65_HS1-834228961_62-HQ-83894_SUB_A
Agency: FBI
Page 61
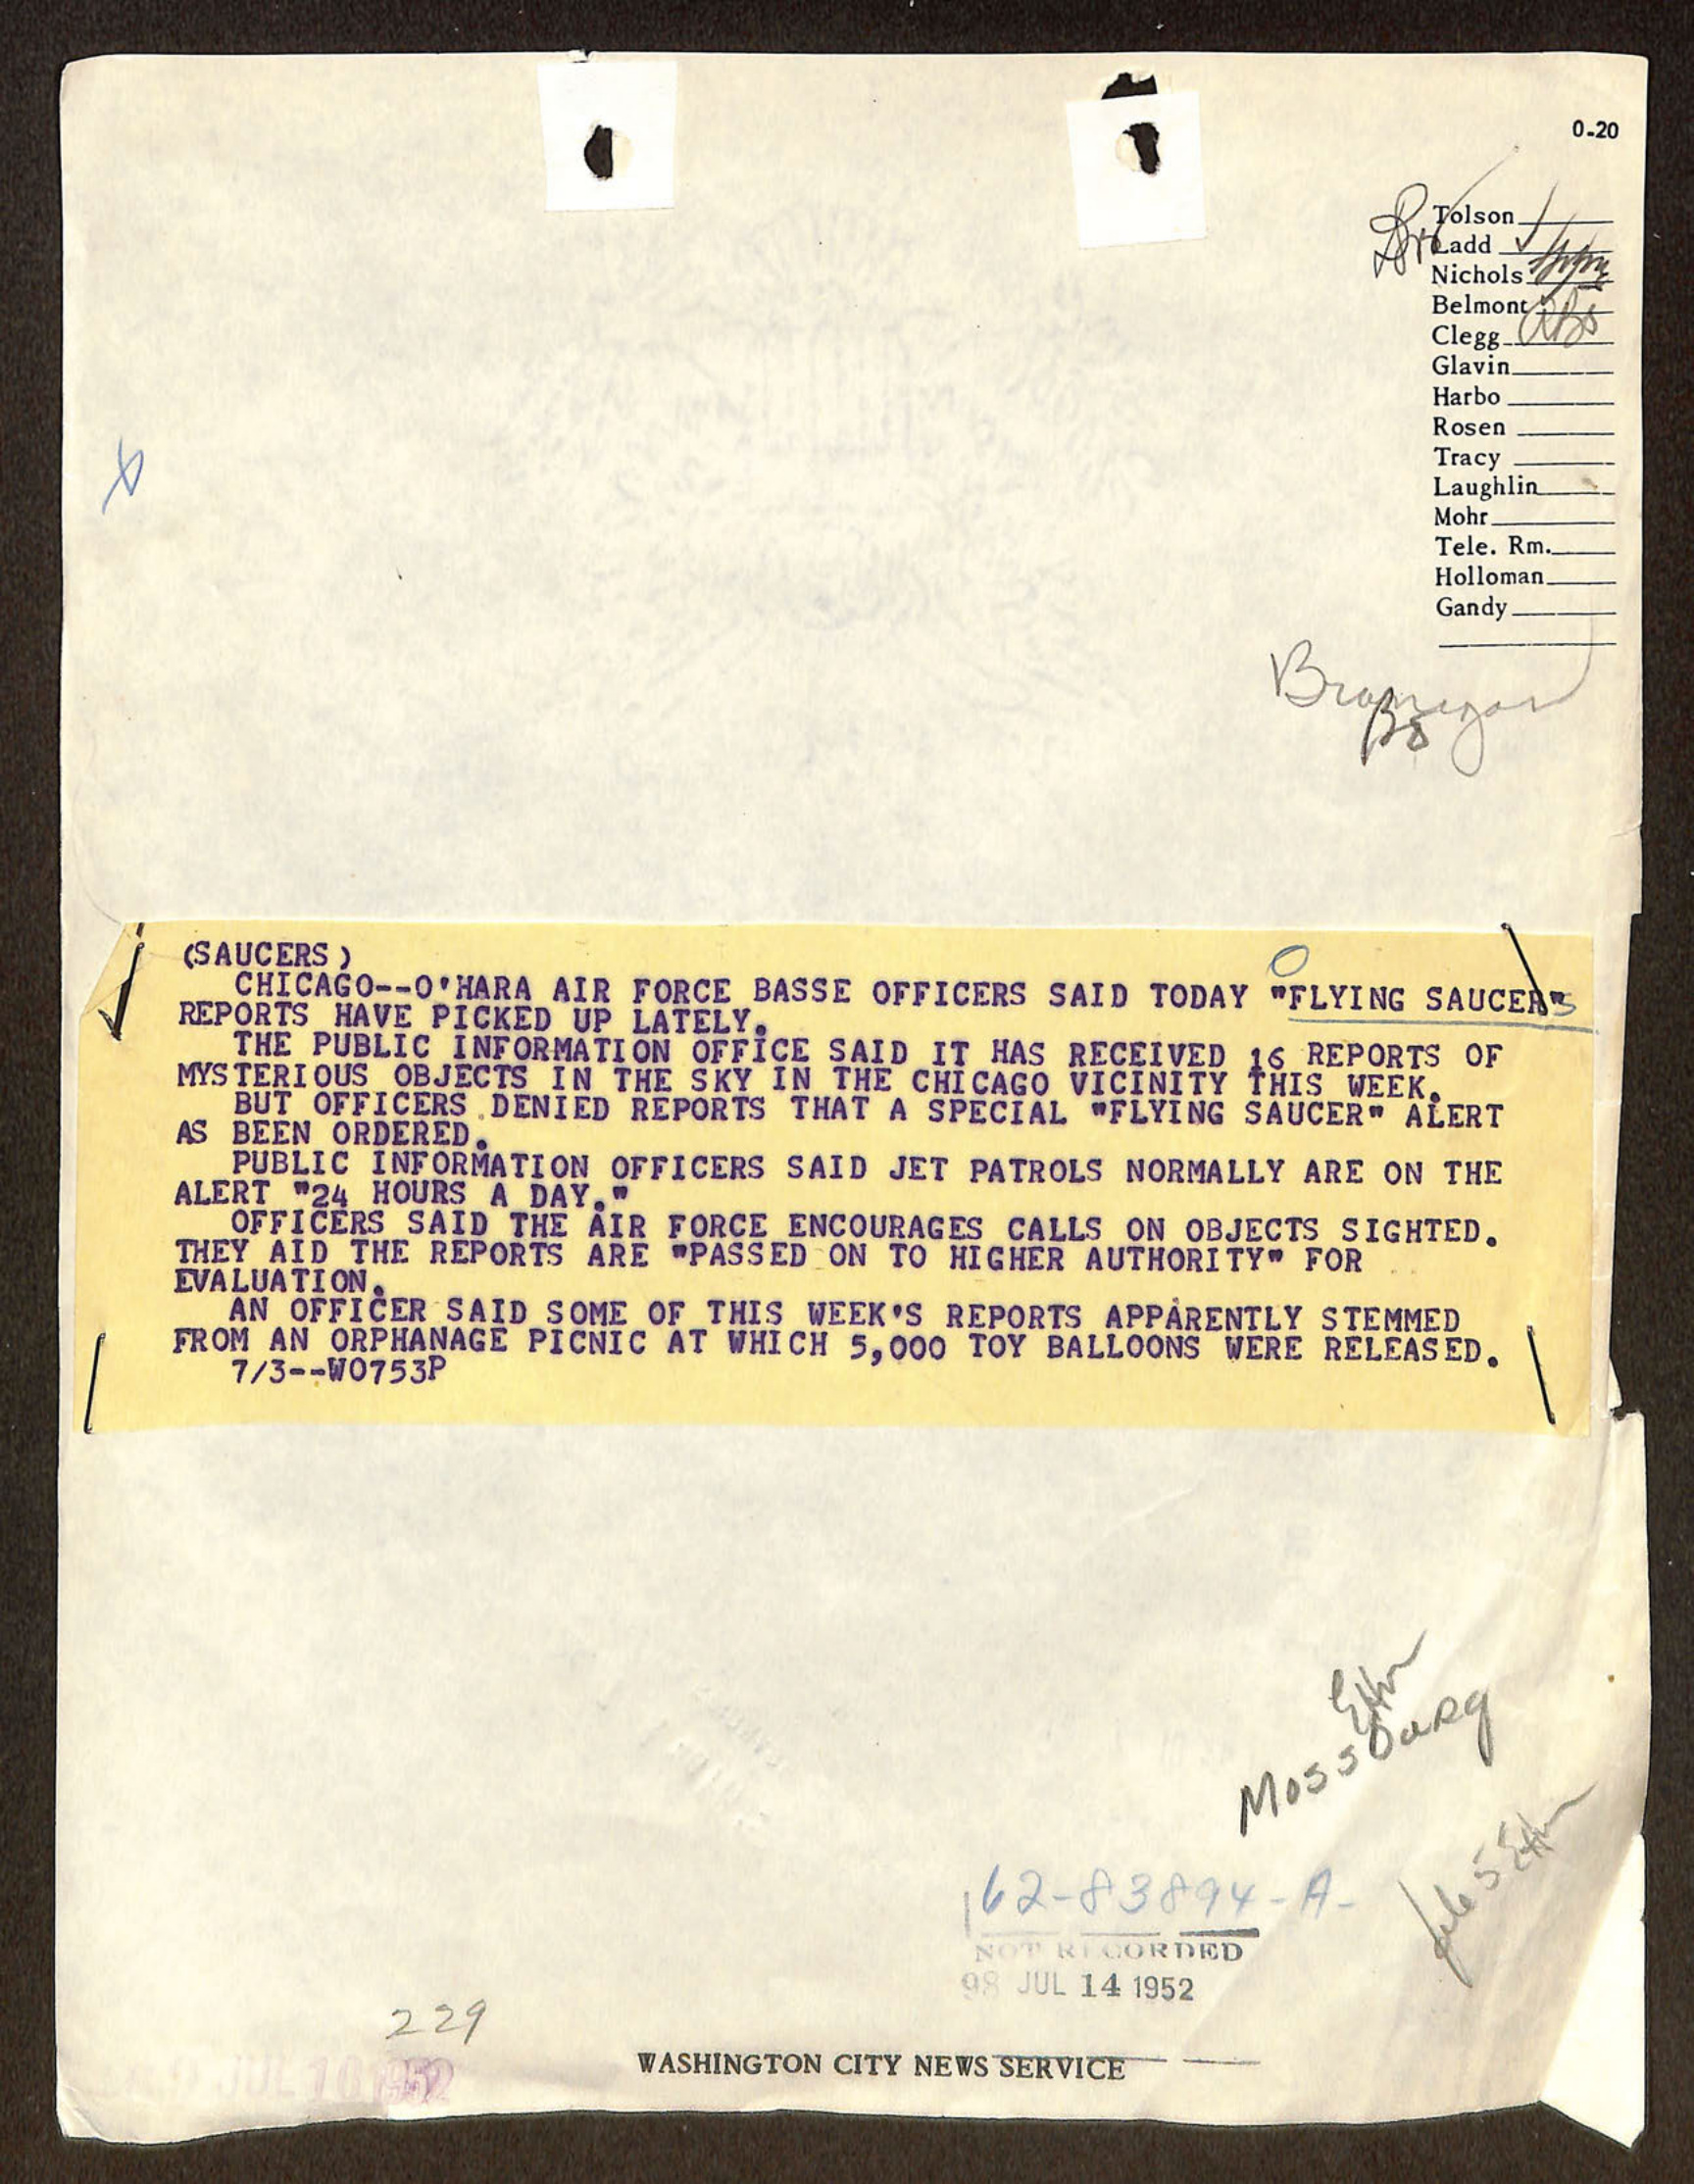